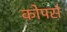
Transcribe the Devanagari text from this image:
कोपर्स